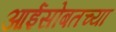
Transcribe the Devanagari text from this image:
आईसोबतच्या